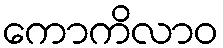
ကောကိလာဝ